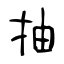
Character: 抽